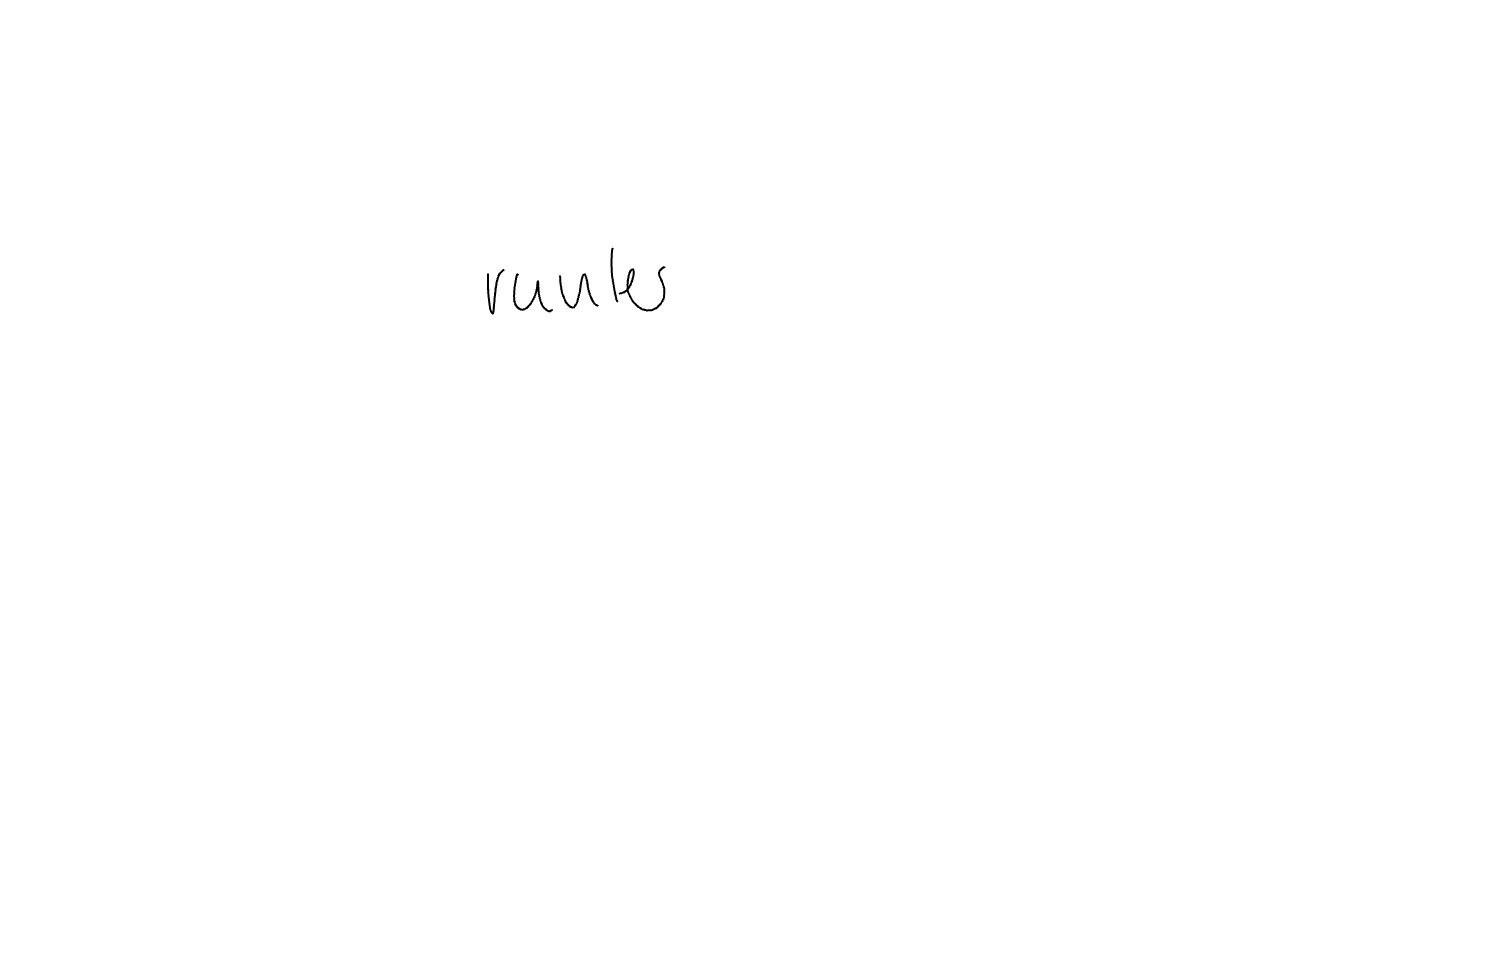
Text: runter